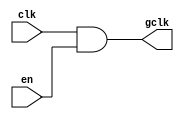
module clock_gating (
    input wire clk,       // Main clock signal
    input wire en,        // Enable signal
    output wire gclk      // Gated clock output
);
  
    // Gated clock logic using AND gate
    assign gclk = clk & en;

endmodule